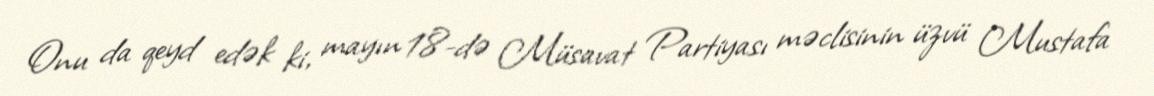
Onu da qeyd edək ki, mayın 18-də Müsavat Partiyası məclisinin üzvü Mustafa